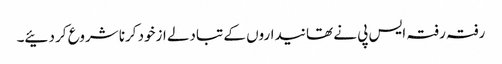
رفتہ رفتہ ایس پی نے تھانیداروں کے تبادلے ازخود کرنا شروع کر دئیے۔